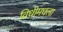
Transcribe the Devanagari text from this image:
विधीमधला